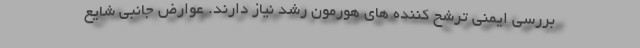
بررسی ایمنی ترشح کننده های هورمون رشد نیاز دارند. عوارض جانبی شایع